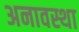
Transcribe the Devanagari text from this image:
अनावस्था